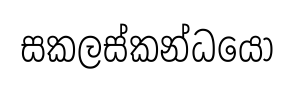
සකලස්කන්ධයෝ